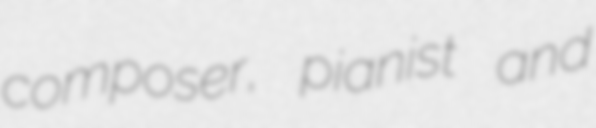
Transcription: composer, pianist and